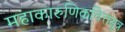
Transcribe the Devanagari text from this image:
महाकारुणिकचित्तसूत्र